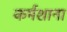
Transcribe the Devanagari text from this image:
कर्मशाना